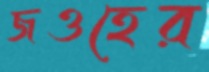
জওহের